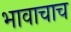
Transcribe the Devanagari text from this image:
भावाचाच